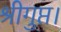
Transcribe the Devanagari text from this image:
श्रीगुप्त।